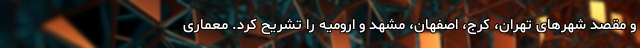
و مقصد شهرهای تهران، کرج، اصفهان، مشهد و ارومیه را تشریح کرد. معماری